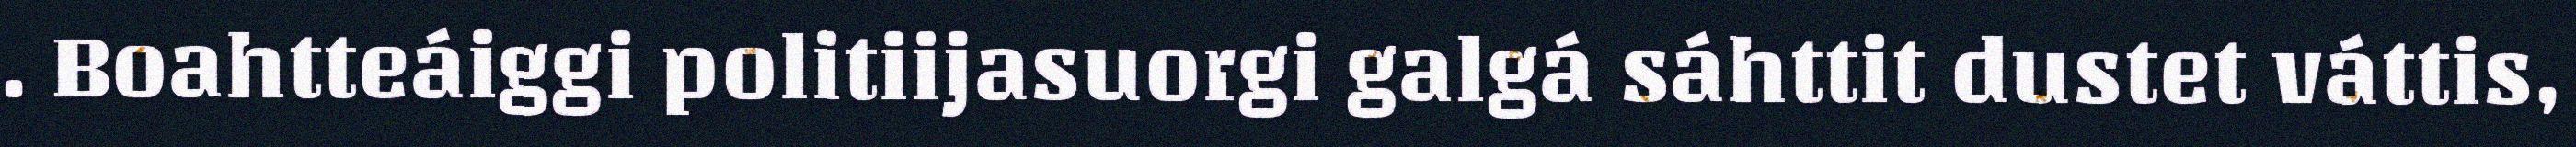
. Boahtteáiggi politiijasuorgi galgá sáhttit dustet váttis,